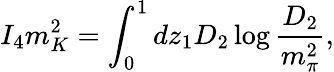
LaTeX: I_{4}m_{K}^{2}=\int_{0}^{1}dz_{1}D_{2}\log{\frac{D_{2}}{m_{\pi}^{2}}},